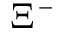
\Xi ^ { - }